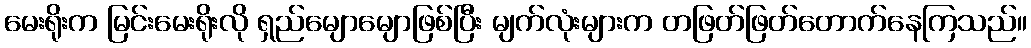
မေးရိုးက မြင်းမေးရိုးလို ရှည်မျောမျောဖြစ်ပြီး မျက်လုံးများက တဖြတ်ဖြတ်တောက်နေကြသည်။